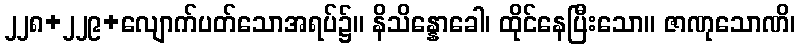
၂၂၈+၂၂၉+လျောက်ပတ်သောအရပ်၌။ နိသိန္နောခေါ၊ ထိုင်နေပြီးသော။ ဇာဏုသောဏိ၊